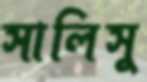
সালিসু